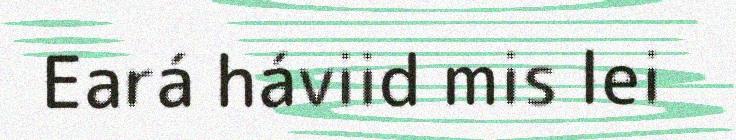
Eará háviid mis lei